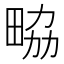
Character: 𤱷